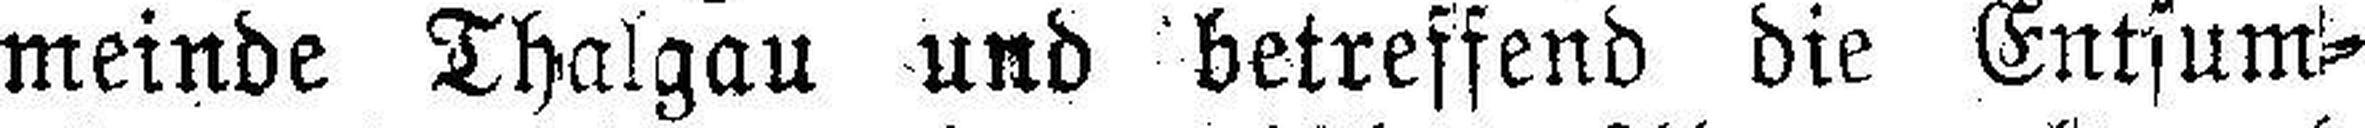
meinde Thalgau und betreffend die Entsum¬